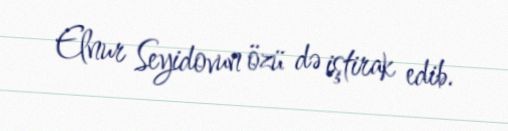
Elnur Seyidovun özü də iştirak edib.